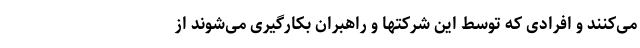
می‌کنند و افرادی که توسط این شرکتها و راهبران بکارگیری می‌شوند از